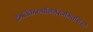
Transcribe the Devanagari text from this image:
हेमालंकारभाभिर्भरनमितशिखैः